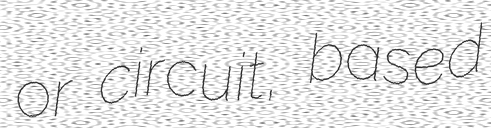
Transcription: or circuit, based